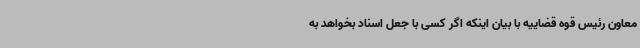
معاون رئیس قوه قضاییه با بیان اینکه اگر کسی با جعل اسناد بخواهد به